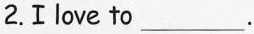
2.Ⅰlove to___.